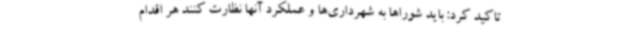
تاکید کرد: باید شوراها به شهرداری‌ها و عملکرد آنها نظارت کنند هر اقدام